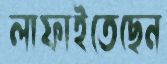
লাফাইতেছেন